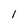
Character: 1